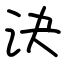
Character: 決